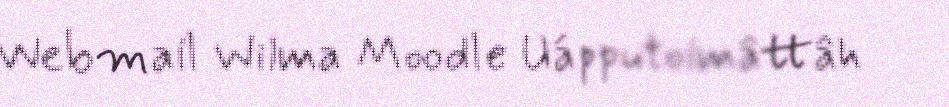
Webmail Wilma Moodle Uápputoimâttâh